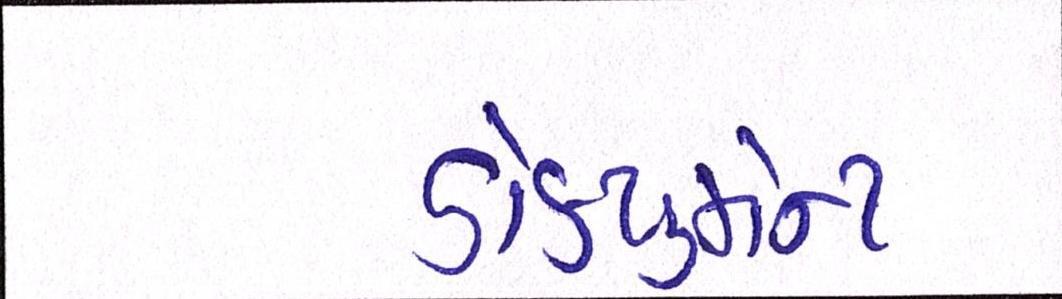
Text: ડોક્યુમેન્ટ